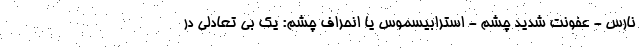
نارس - عفونت شدید چشم - استرابیسموس یا انحراف چشم: یک بی تعادلی در